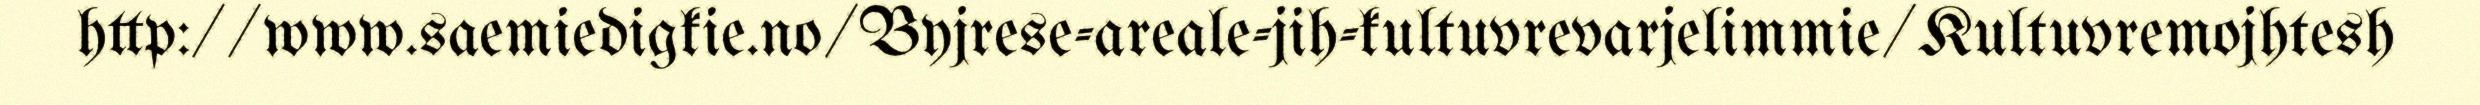
http://www.saemiedigkie.no/Byjrese-areale-jih-kultuvrevarjelimmie/Kultuvremojhtesh